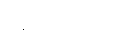
ရောဂဘူတံ